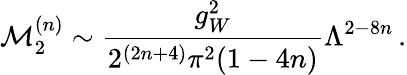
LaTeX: \mathcal{M}_{2}^{(n)}\sim\frac{g_{W}^{2}}{2^{(2n+4)}\pi^{2}(1-4n)}\Lambda^{2-8n}\, .